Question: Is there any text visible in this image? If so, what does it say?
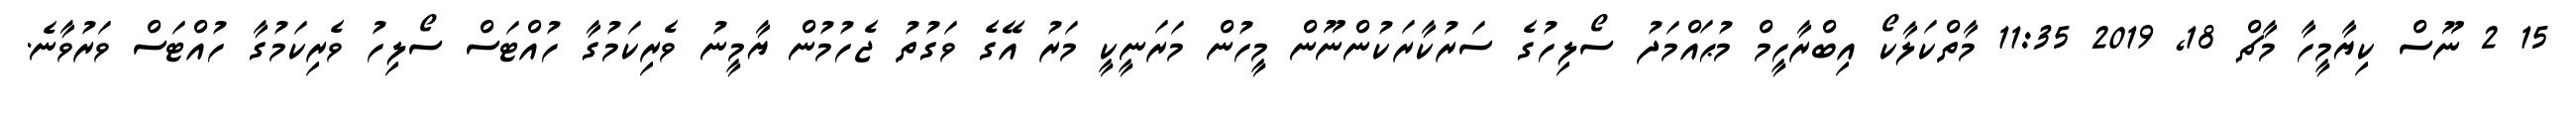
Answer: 15 2 ނޫސް ކިޔާމީހާ މާޗް 18, 2019 11:35 މާތްކަލާކޯ އިބްރާހީމް މުޙައްމަދު ސޯލިހުގެ ސަރުކާރަކުންނޫން މީހުން މަރަނީކީ މަރު އޭގެ ވަގުތު ޖެހުމުން ޔާމީނު ވެރިކަމުގާ ހުއްޓަސް ސޯލިހު ވެރިކަމުގާ ހުއްޓަސް ވަރުވާނެ.